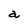
Character: a